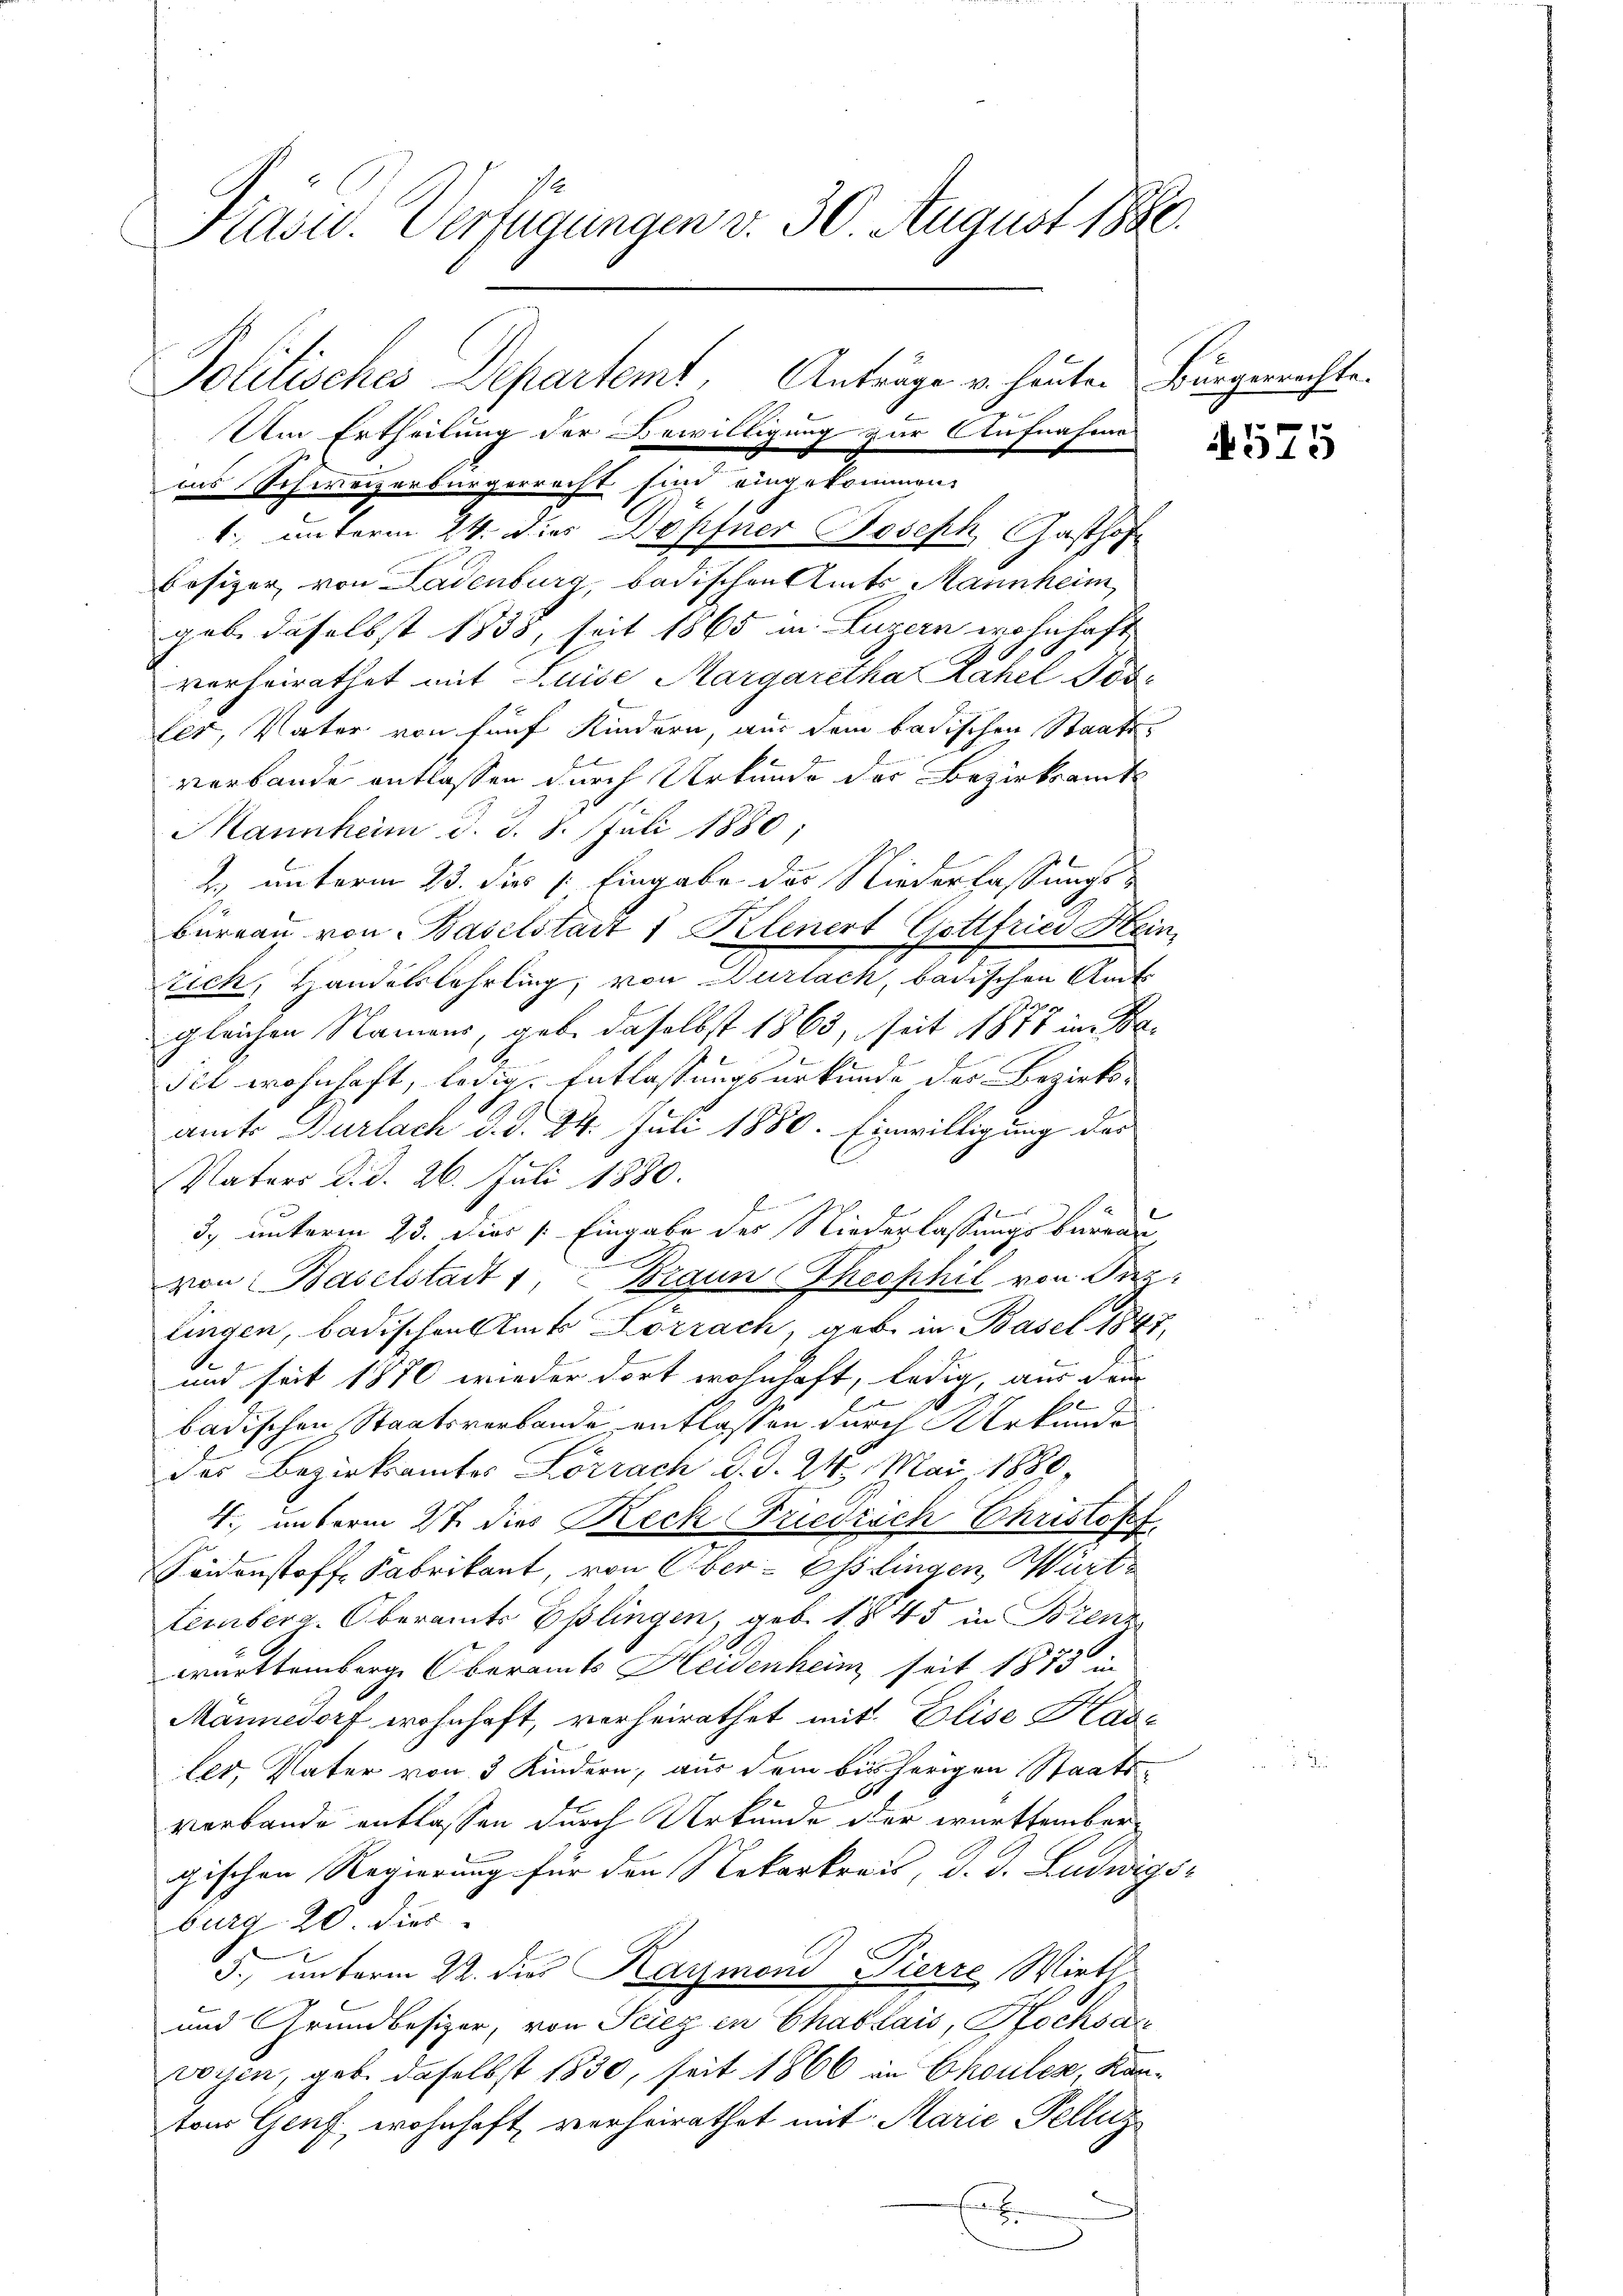
Präsid. Verfügungen v. 30 August 1890.
Politisches Departemt, Anträge u. heuten
Um Ertheilung der Bewilligung zur Aufnahme

ins Schweizerbürgerrecht sind eingekommen.
1. unterm 24. dies Dopfner Joseph Gasthof
besizer, von Ladenburg, badischen Amts Mannheim
geb. daselbst 1838, seit 1865 in Luzern wohnhaft
verheirathet mit Luise Margaretha Zahel Jos
les, Vater von fünf Kindern, aus dem badischen Staatsverbande entlassen durch Urkunde der Bezirksamt
Mannheim d. J. 8. Juli 1880,
2. unterm 23. dies : Eingabe des Niederlassungs-
büreau von Baselstadt 1 Kelenert Gottfried Hein
tich, Handelslehrling, von Burlach, badischen Amts
2
gleichen Namens, gebe daselbst 1863, seit 1841 im Bedet wohnhaft, ledig. Entlassungsurkunde der Bezirks-
amts Durlach d. d. 24. Juli 1880. Einwilligung des
Vaters d. d. 26. Juli 1880.
A
3. unterm 23. Dies /: Eingabe der Niederlassungsbureau
von Baselstadt 1, Braun Theophil von Paz
lingen, badischen Amt Lörrach, geb. in Basel 1847,
S
und seit 1870 wieder dort wohnhaft, ledig, aus dem
badischen Staatsverbande entlassen durch Urkunde
des Bezirksamtes Lörrach d. d. 21. Mai 1880,
4. unterm 2ten dies Reck Friedisch Christopf
Seidenstoff. Fabrikant, von Ober-Esslingen, Württemberg. Oberamts Esslingen, geb. 1845 in Brenz
württemberg. Oberamts Heidenheim seit 1873 in
Mannedorf wohnhaft, verheirathet mit Elise Has-
ler, Vater von 3 Kindern, aus dem bisherigen Staats-
verbande entlassen durch Urkunde oder württembergischen Regierung für den Nekarkreis, d. J. Ludwigs-
burg 20. dies
5., unterm 22. dies Kaymond Pierre Wirth
und Grundbesizer, von Sciez en Chablais, Hochsau
vorzen, geb. daselbst 1830, seit 1866 in Chouler, Kanton Genf, wohnhaft verheirathet mit Marie Pellig

Bürgerrechte.